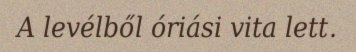
A levélből óriási vita lett.